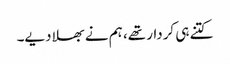
کتنے ہی کردار تھے، ہم نے بھلا دیے۔